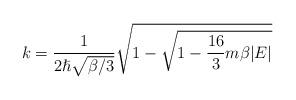
LaTeX: \begin{align*}k=\frac{1}{2\hslash \sqrt{\beta /3}}\sqrt{1-\sqrt{1-\frac{16}{3}m\beta |E|}}\end{align*}